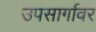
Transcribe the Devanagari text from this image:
उपसार्गावर